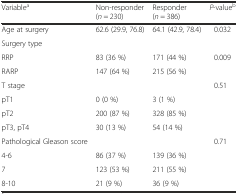
| Variablea | Non-responder (n = 230) | Responder (n = 386) | P-valueb |
 | --- | --- | --- | --- |
 | Age at surgery | 62.6 (29.9, 76.8) | 64.1 (42.9, 78.4) | 0.032 |
 | Surgery type |  |  |  |
 | RRP | 83 (36 %) | 171 (44 %) | 0.009 |
 | RARP | 147 (64 %) | 215 (56 %) |  |
 | T stage |  |  | 0.51 |
 | pT1 | 0 (0 %) | 3 (1 %) |  |
 | pT2 | 200 (87 %) | 328 (85 %) |  |
 | pT3, pT4 | 30 (13 %) | 54 (14 %) |  |
 | Pathological Gleason score |  |  | 0.71 |
 | 4-6 | 86 (37 %) | 139 (36 %) |  |
 | 7 | 123 (53 %) | 211 (55 %) |  |
 | 8-10 | 21 (9 %) | 36 (9 %) |  |